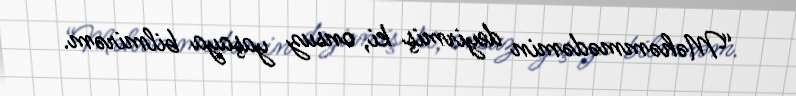
“Məhəmmədəmin deyirmiş ki, onsuz yaşaya bilmirəm.